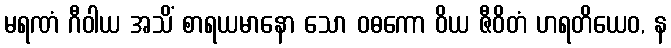
မရဏံ ဂီဝါယ အသိံ စာရယမာနော သော ဝဓကော ဝိယ ဇီဝိတံ ဟရတိယေဝ, န